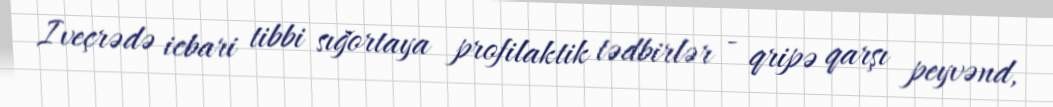
Iveçrədə icbari tibbi sığortaya profilaktik tədbirlər - qripə qarşı peyvənd,